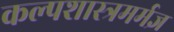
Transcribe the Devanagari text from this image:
कल्पशास्त्रमर्मज्ञ